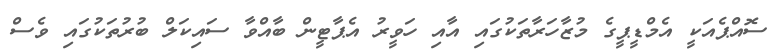
ސޮއްޕެއަކީ އެމްޑީޕީގެ މުޒާހަރާތަކުގައި އާއި ހަވީރު އެޕާޓީން ބާއްވާ ސައިކަލް ބުރުތަކުގައި ވެސް